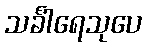
သင်္ခါရေသုပေ